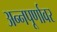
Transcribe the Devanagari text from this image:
अन्नपूर्णावर